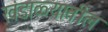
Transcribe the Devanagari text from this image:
खंडाळ्यातील